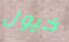
خيول